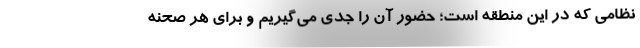
نظامی که در این منطقه است؛ حضور آن را جدی می‌گیریم و برای هر صحنه